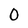
Character: 0